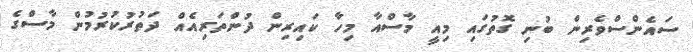
ސައެންސްވެރިން ބުނި ގޮތުގައި މިއީ މާސްއާ މިހާ ކައިރިން ދުންތަރިއެއް ދަތުރުކުރުމުން މާސްގެ